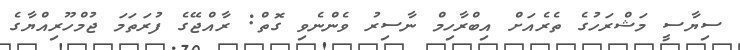
ސިޔާސީ މަޝްރަހުގެ ތެރެއަށް އިބްރާހިމް ނާސިރު ވެންނެވި ގޮތް: ރާއްޖޭގެ ފުރަތަމަ ޖުމްހޫރިއްޔާގެ